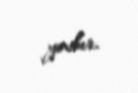
yoxdur.